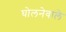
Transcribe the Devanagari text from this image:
घोलनेवाले